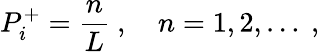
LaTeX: P_{i}^{+}=\frac{n}{L}\ ,\quad n=1,2,\dots\ ,